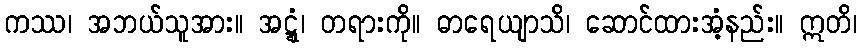
ကဿ၊ အဘယ်သူအား။ အဋ္ဋံ၊ တရားကို။ ဓာရေယျာသိ၊ ဆောင်ထားအံ့နည်း။ ဣတိ၊